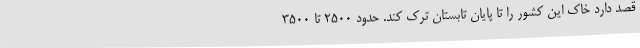
قصد دارد خاک این کشور را تا پایان تابستان ترک کند. حدود ۲۵۰۰ تا ۳۵۰۰